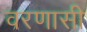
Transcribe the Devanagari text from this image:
वरणासी